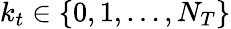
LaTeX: k_{t}\in\{ 0,1,\ldots,N_{T}\}